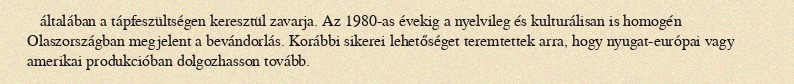
általában a tápfeszültségen keresztül zavarja. Az 1980-as évekig a nyelvileg és kulturálisan is homogén Olaszországban megjelent a bevándorlás. Korábbi sikerei lehetőséget teremtettek arra, hogy nyugat-európai vagy amerikai produkcióban dolgozhasson tovább.